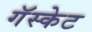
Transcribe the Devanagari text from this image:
गॅस्केट